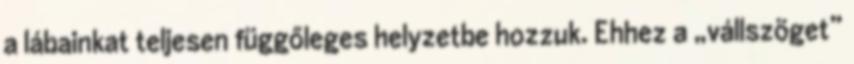
a lábainkat teljesen függőleges helyzetbe hozzuk. Ehhez a „vállszöget”